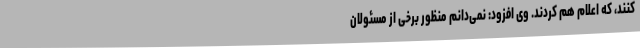
کنند، که اعلام هم کردند. وی افزود: نمی‌دانم منظور برخی از مسئولان